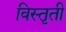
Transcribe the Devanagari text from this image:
विस्तृती